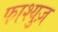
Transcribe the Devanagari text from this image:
फाश्युज़